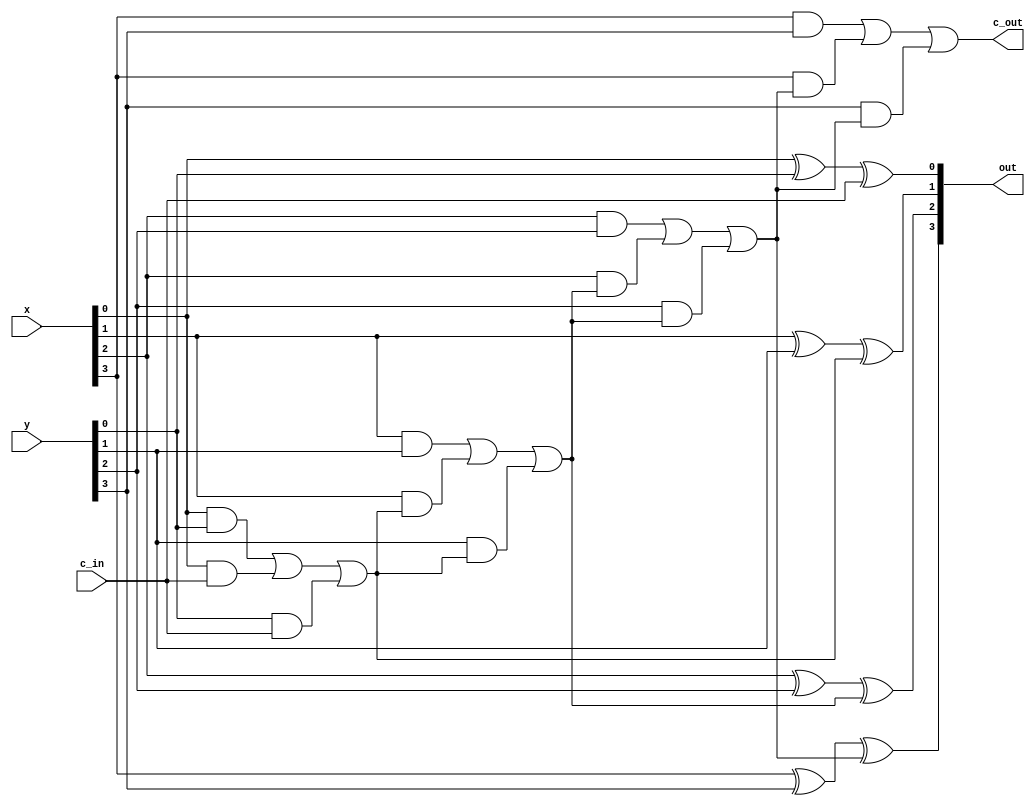
/* CSED273 lab5 experiment 1 */
/* lab5_1.v */

`timescale 1ps / 1fs

/* Implement adder 
 * You must not use Verilog arithmetic operators */
module adder(
    input [3:0] x,
    input [3:0] y,
    input c_in,             // Carry in
    output [3:0] out,
    output c_out            // Carry out
); 
    wire [2:0] c;
        
    ////////////////////////
    assign out[0] = x[0]^y[0]^c_in;
    assign c[0] = (x[0]&y[0])|(x[0]&c_in)|(y[0]&c_in);
    
    assign out[1] = x[1]^y[1]^c[0];
    assign c[1] = (x[1]&y[1])|(x[1]&c[0])|(y[1]&c[0]);

    assign out[2] = x[2]^y[2]^c[1];
    assign c[2] = (x[2]&y[2])|(x[2]&c[1])|(y[2]&c[1]);

    assign out[3] = x[3]^y[3]^c[2];
    assign c_out = (x[3]&y[3])|(x[3]&c[2])|(y[3]&c[2]);
    ////////////////////////

endmodule

/* Implement arithmeticUnit with adder module
 * You must use one adder module.
 * You must not use Verilog arithmetic operators */
module arithmeticUnit(
    input [3:0] x,
    input [3:0] y,
    input [2:0] select,
    output [3:0] out,
    output c_out            // Carry out
);

    ////////////////////////
    wire [3:0]y_2;
    
    assign y_2[0] = (y[0]&select[1])|(~y[0]&select[2]);
    assign y_2[1] = (y[1]&select[1])|(~y[1]&select[2]);
    assign y_2[2] = (y[2]&select[1])|(~y[2]&select[2]);
    assign y_2[3] = (y[3]&select[1])|(~y[3]&select[2]);
        
    adder a(x, y_2, select[0], out, c_out);
    ////////////////////////

endmodule

/* Implement 4:1 mux */
module mux4to1(
    input [3:0] in,
    input [1:0] select,
    output out
);

    ////////////////////////
    assign out = (in[0]&~select[1]&~select[0])|(in[1]&~select[1]&select[0])
    |(in[2]&select[1]&~select[0])|(in[3]&select[1]&select[0]);
    ////////////////////////

endmodule

/* Implement logicUnit with mux4to1 */
module logicUnit(
    input [3:0] x,
    input [3:0] y,
    input [1:0] select,
    output [3:0] out
);

    ////////////////////////    
    mux4to1 m0({~x[0], x[0]^y[0], x[0]|y[0], x[0]&y[0]}, select, out[0]);
    mux4to1 m1({~x[1], x[1]^y[1], x[1]|y[1], x[1]&y[1]}, select, out[1]);
    mux4to1 m2({~x[2], x[2]^y[2], x[2]|y[2], x[2]&y[2]}, select, out[2]);
    mux4to1 m3({~x[3], x[3]^y[3], x[3]|y[3], x[3]&y[3]}, select, out[3]);
    ////////////////////////

endmodule

/* Implement 2:1 mux */
module mux2to1(
    input [1:0] in,
    input  select,
    output out
);

    ////////////////////////
    assign out = (in[0]&~select)|(in[1]&select);
    ////////////////////////

endmodule

/* Implement ALU with mux2to1 */
module lab5_1(
    input [3:0] x,
    input [3:0] y,
    input [3:0] select,
    output [3:0] out,
    output c_out            // Carry out
);

    ////////////////////////
    wire [3:0] out_1, out_2;
    
    arithmeticUnit g0(x, y, {select[2], select[1], select[0]}, out_1, c_out);
    logicUnit g1(x, y, {select[1], select[0]}, out_2);
    
    mux2to1 q0({out_2[0], out_1[0]}, select[3], out[0]);
    mux2to1 q1({out_2[1], out_1[1]}, select[3], out[1]);
    mux2to1 q2({out_2[2], out_1[2]}, select[3], out[2]);
    mux2to1 q3({out_2[3], out_1[3]}, select[3], out[3]);
    ////////////////////////

endmodule